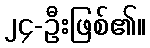
၂၄-ဦးဖြစ်၏။